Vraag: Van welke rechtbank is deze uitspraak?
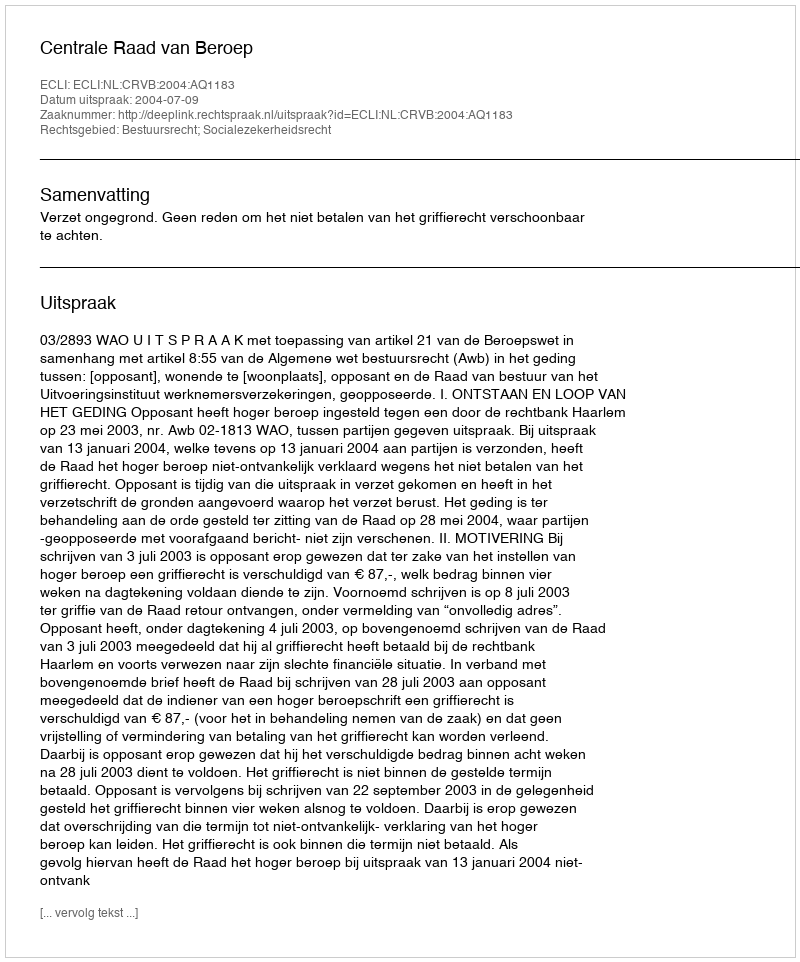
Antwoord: Centrale Raad van Beroep